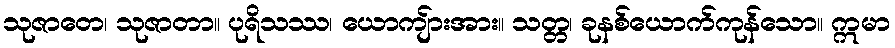
သုဇာတေ၊ သုဇာတာ။ ပုရိသဿ၊ ယောကျ်ားအား။ သတ္တ၊ ခုနစ်ယောက်ကုန်သော။ ဣမာ